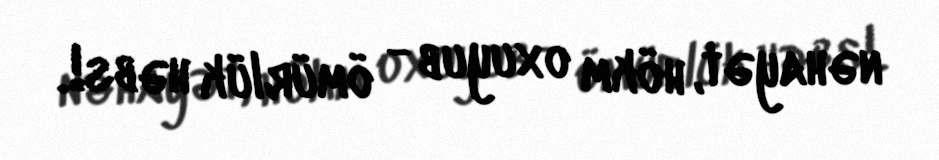
nəhayət, hökm oxuyub - ömürlük həbs!.